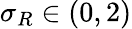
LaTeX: \sigma_{R}\in(0,2)